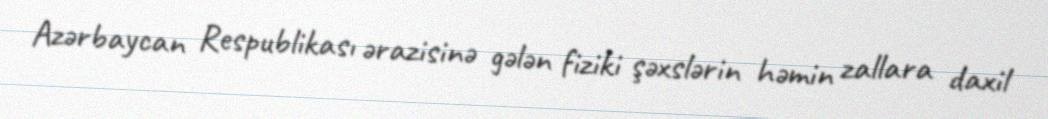
Azərbaycan Respublikası ərazisinə gələn fiziki şəxslərin həmin zallara daxil